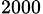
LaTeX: _{2000}